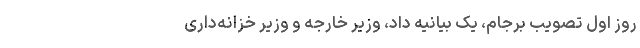
روز اول تصویب برجام، یک بیانیه داد، وزیر خارجه و وزیر خزانه‌داری